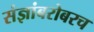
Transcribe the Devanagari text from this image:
संज्ञांबरोबरच